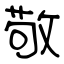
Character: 敬